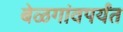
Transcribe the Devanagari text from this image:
बेळगांवपर्यंत